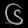
Digit: ၆